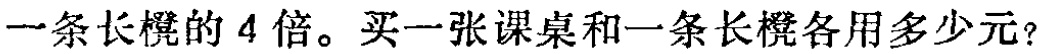
一条长凳的 4 倍。买一张课桌和一条长凳各用多少元？